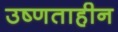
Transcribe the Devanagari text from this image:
उष्णताहीन